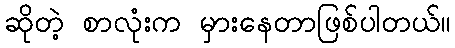
ဆိုတဲ့ စာလုံးက မှားနေတာဖြစ်ပါတယ်။